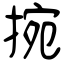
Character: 捥